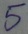
Text: 5